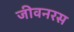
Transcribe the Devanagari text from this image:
जीवनरस